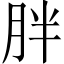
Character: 胖